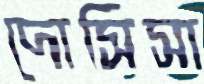
দোসিসা